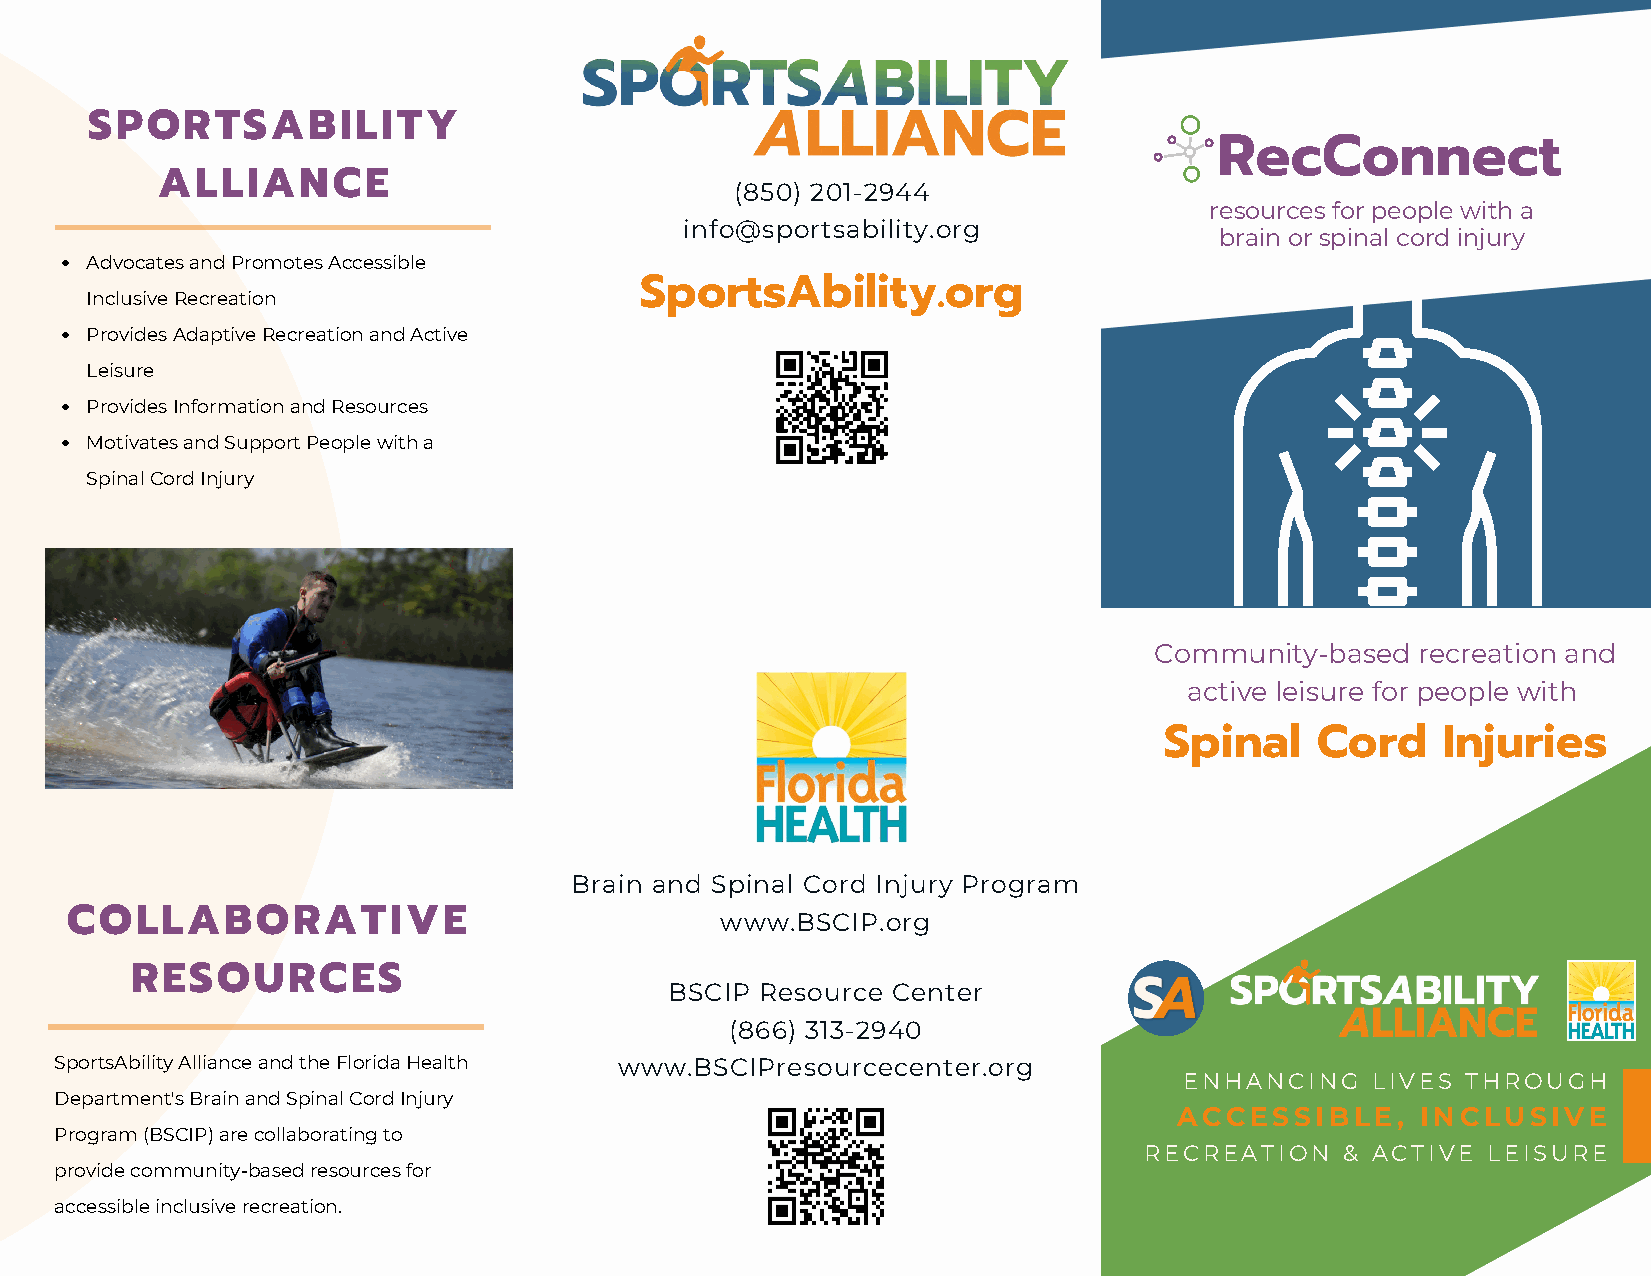
SPORTSABILITY
 RecConnect
 ALLIANCE
 (850) 201-2944
 resources for people with a
 info@sportsability.org
 brain or spinal cord injury
 Advocates and Promotes Accessible
 SportsAbility.org
 Inclusive Recreation
 Provides Adaptive Recreation and Active
 Leisure
 Provides Information and Resources
 Motivates and Support People with a
 Spinal Cord Injury
 Community-based   recreation and
 active leisure for people with
 Spinal    Cord    Injuries
 Brain and Spinal Cord Injury Program
 COLLABORATIVE                               www.BSCIP.org
 RESOURCES
 BSCIP Resource Center
 (866) 313-2940
 SportsAbility Alliance and the Florida Health www.BSCIPresourcecenter.org
 ENHANCING    LIVES THROUGH
 Department's Brain and Spinal Cord Injury
 ACCESSIBLE,     INCLUSIVE
 Program (BSCIP) are collaborating to
 RECREATION   & ACTIVE LEISURE
 provide community-based resources for
 accessible inclusive recreation.